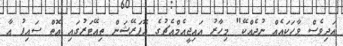
އަދިވެސް ވާހަކައެއް ނުދެއްކޭ" މިހާރު އައިޖީއެމްއެޗުގެ އޮޕަރޭޝަން ތިއޭޓަރުގައި އޮތް ސައިފު އާ